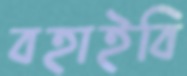
বহাইবি